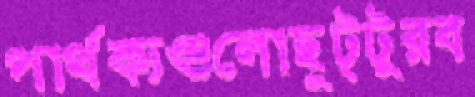
পার্থক্যগুলোছুট্টুরব